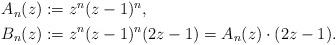
LaTeX: \begin{align*}\begin{aligned}A_n(z)&:=z^n(z-1)^n,\\B_n(z)&:=z^n(z-1)^n(2z-1)=A_n(z)\cdot (2z-1).\end{aligned}\end{align*}